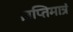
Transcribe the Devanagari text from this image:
ज्ञप्तिमात्रं